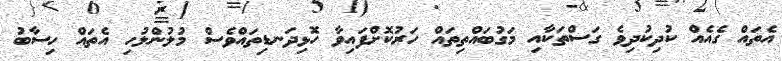
އެތައް ގެއެއް ކުދިކުދިވެ ގަސްތަކާއި މަގުބައްތިތައް ހަރުކޮށްފައިވާ ހޮޅިދަނޑިތައްވެސް މުލުންލުހި އެތައް ހިސާބު